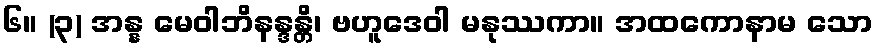
၆။ (၃) အန္န မေဝါဘိနန္ဒန္တိ၊ ဗဟူဒေဝါ မနုဿကာ။ အထကောနာမ သော